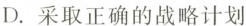
D.采取正确的战略计划